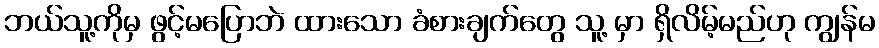
ဘယ်သူ့ကိုမှ ဖွင့်မပြောဘဲ ထားသော ခံစားချက်တွေ သူ့ မှာ ရှိလိမ့်မည်ဟု ကျွန်မ